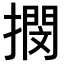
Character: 𢵢